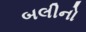
બલીનો